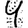
Digit: 9